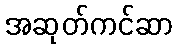
အဆုတ်ကင်ဆာ